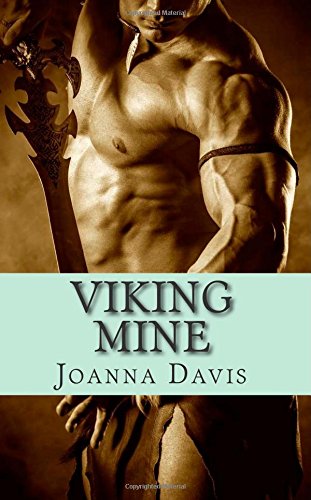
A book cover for VIking Mine; Joanna Davis; Romance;